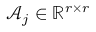
\mathcal { A } _ { j } \in \mathbb { R } ^ { r \times r }